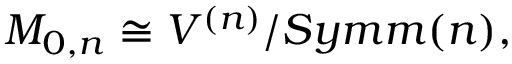
{ \cal M } _ { 0 , n } \cong V ^ { ( n ) } / { S y m m } ( n ) ,